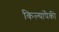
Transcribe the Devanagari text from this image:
किल्यांपैकी